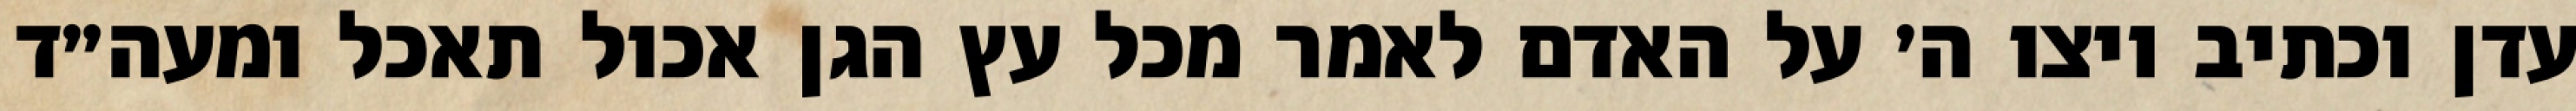
עדן וכתיב ויצו ה׳ על האדם לאמר מכל עץ הגן אכול תאכל ומעה״ד